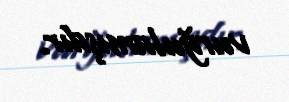
vurğulamışdır.